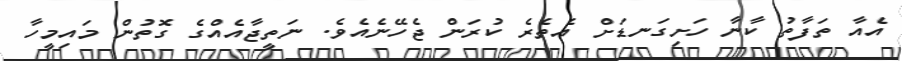
އެއާ ތަފާތު ކާނާ ހަށިގަނޑަށް އެތެރެ ކުރަން ޖެހޭނެއެވެ. ނަތީޖާއެއްގެ ގޮތުން މައިމީހާ